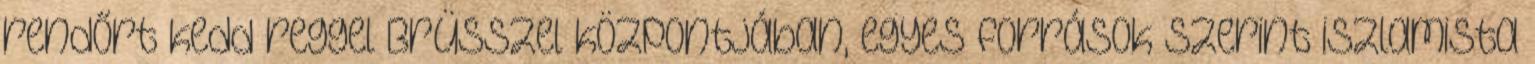
rendőrt kedd reggel Brüsszel központjában, egyes források szerint iszlamista